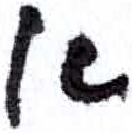
אות: א